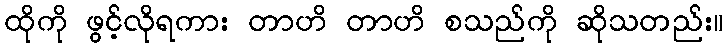
ထိုကို ဖွင့်လိုရကား တာဟိ တာဟိ စသည်ကို ဆိုသတည်း။